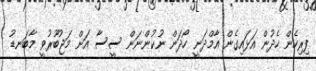
ފިރިހެން ހެދުން އަޅައިގެން އާމްދަނީ ހޯދަން ނުކުންނަން ސީސާ އަށް މަޖުބޫރުވީ މާބަނޑު